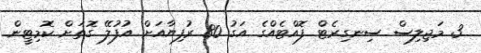
3 މަޖިލިސް ސިނގިރެޓް ފޮއްޓެއްގެ އަގު 80 ރުފިޔާއަށް އުފުލޭ ގޮތަށް ކޮމިޓީން